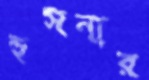
হুসনার